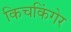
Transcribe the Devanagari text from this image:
किचकिंगेर